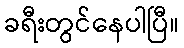
ခရီးတွင်နေပါပြီ။